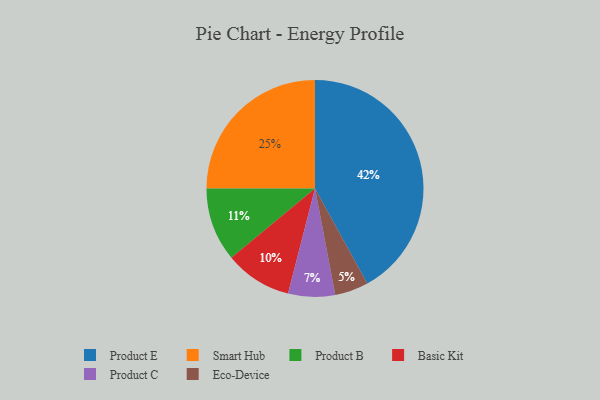
{"axis": {"x": "Category", "y": "Percentage"}, "legend": ["Basic Kit", "Eco-Device", "Product B", "Product C", "Product E", "Smart Hub"], "data": [{"x": "Product C", "y": 7, "type": "Product C"}, {"x": "Basic Kit", "y": 10, "type": "Basic Kit"}, {"x": "Smart Hub", "y": 25, "type": "Smart Hub"}, {"x": "Product B", "y": 11, "type": "Product B"}, {"x": "Eco-Device", "y": 5, "type": "Eco-Device"}, {"x": "Product E", "y": 42, "type": "Product E"}]}